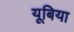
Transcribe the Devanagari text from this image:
यूबिया